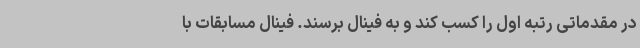
در مقدماتی رتبه اول را کسب کند و به فینال برسند. فینال مسابقات با